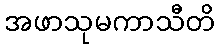
အဖာသုမကာသီတိ